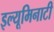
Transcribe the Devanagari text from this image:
इल्यूमिनाटी